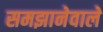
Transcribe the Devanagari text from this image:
समझानेवाले